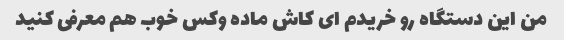
من این دستگاه رو خریدم ای کاش ماده وکس خوب هم معرفی کنید